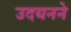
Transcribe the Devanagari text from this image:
उदयनने